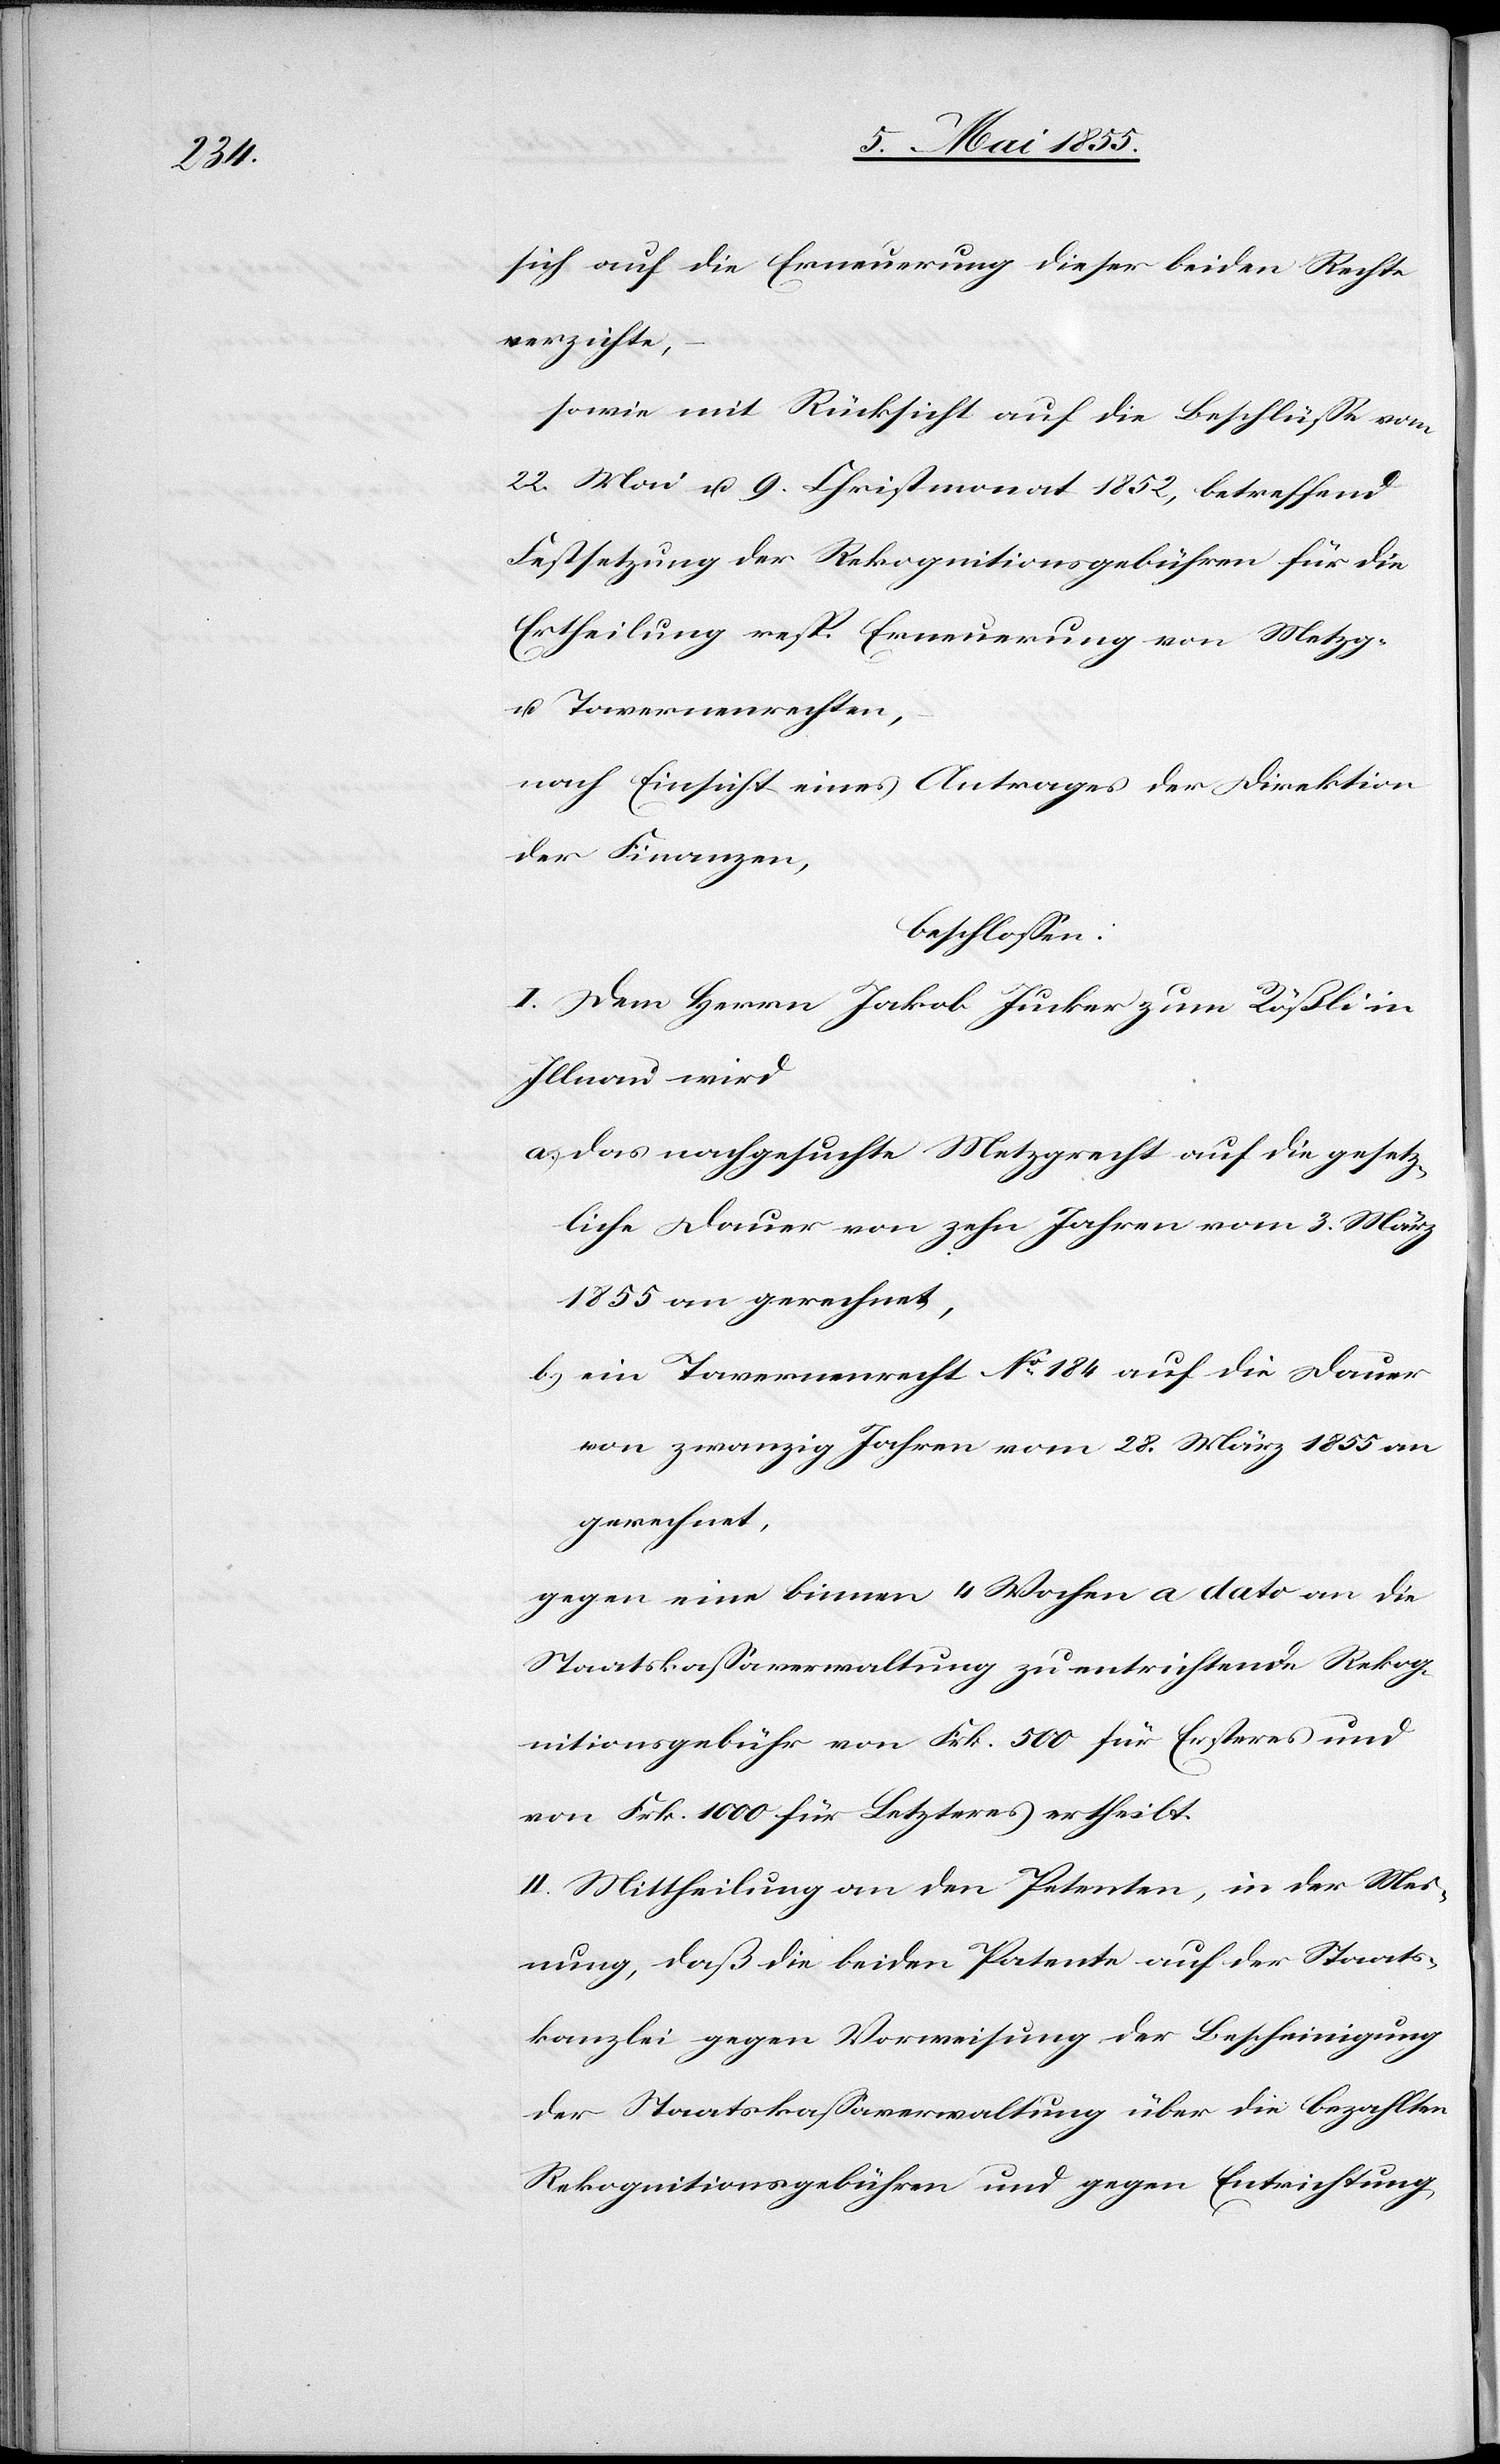
sich auf die Erneuerung dieser beiden Rechte
verzichte,
sowie mit Rücksicht auf die Beschlüsse vom
22. Mai u. 9. Christmonat 1852, betreffend
Festsetzung der Rekognitionsgebühren für die
Ertheilung resp. Erneuerung von Metzg-
u. Tavernenrechten,
nach Einsicht eines Antrages der Direktion
der Finanzen,
beschlossen:
I. Dem Herrn Jakob Jucker zum Rößli in
Illnau wird
das nachgesuchte Metzgrecht auf die gesetz¬
liche Dauer von zehn Jahren vom 3. März
1855 an gerechnet,
ein Tavernenrecht No 184 auf die Dauer
von zwanzig Jahren vom 28. März 1855 an
gerechnet,
gegen eine binnen 4 Wochen a dato an die
Staatskassaverwaltung zu entrichtende Rekog¬
nitionsgebühr von Frk. 500 für Ersteres und
von Frk. 1000 für Letzteres ertheilt.
II. Mittheilung an den Petenten, in der Mei¬
nung, daß die beiden Patente auf der Staats¬
kanzlei gegen Vorweisung der Bescheinigung
der Staatskassaverwaltung über die bezahlten
Rekognitionsgebühren und gegen Entrichtung